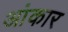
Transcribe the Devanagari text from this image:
आंकार